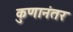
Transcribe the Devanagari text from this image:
कुणानंतर